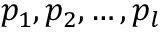
p _ { 1 } , p _ { 2 } , \ldots , p _ { l }